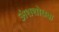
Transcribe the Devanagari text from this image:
अंशशोधक